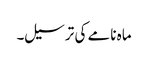
ماہ نامے کی ترسیل۔